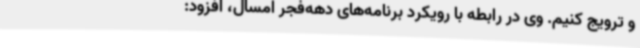
و ترویج کنیم. وی در رابطه با رویکرد برنامه‌های دهه‌فجر امسال، افزود: